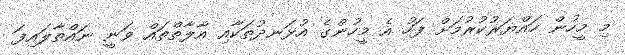
މި މީީހުން ހައްޔަރުކުރުމަށް ފަހު އެ މީހުންގެ އުޅަނދުތަކާއި އާލާތްތައް ވަނީ ނައްތާލައިފަ